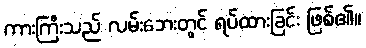
ကားကြီးသည် လမ်းဘေးတွင် ရပ်ထားခြင်း ဖြစ်၏။